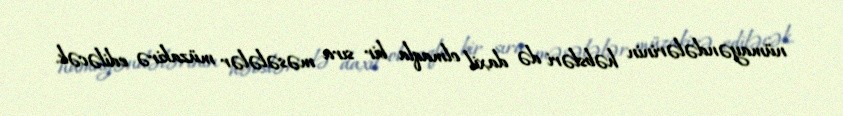
nümayəndələrinin həbsləri də daxil olmaqla bir sıra məsələlər müzakirə ediləcək.